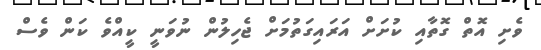
ވެށި އޮތް ގޮތާއި ކުށަށް އަރައިގަތުމަށް ޖެހިލުން ނުވަނީ ކީއްވެ ކަން ވެސް